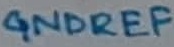
Text: GNDREF